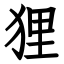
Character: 狸